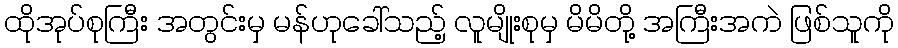
ထိုအုပ်စုကြီး အတွင်းမှ မန်ဟုခေါ်သည့် လူမျိုးစုမှ မိမိတို့ အကြီးအကဲ ဖြစ်သူကို